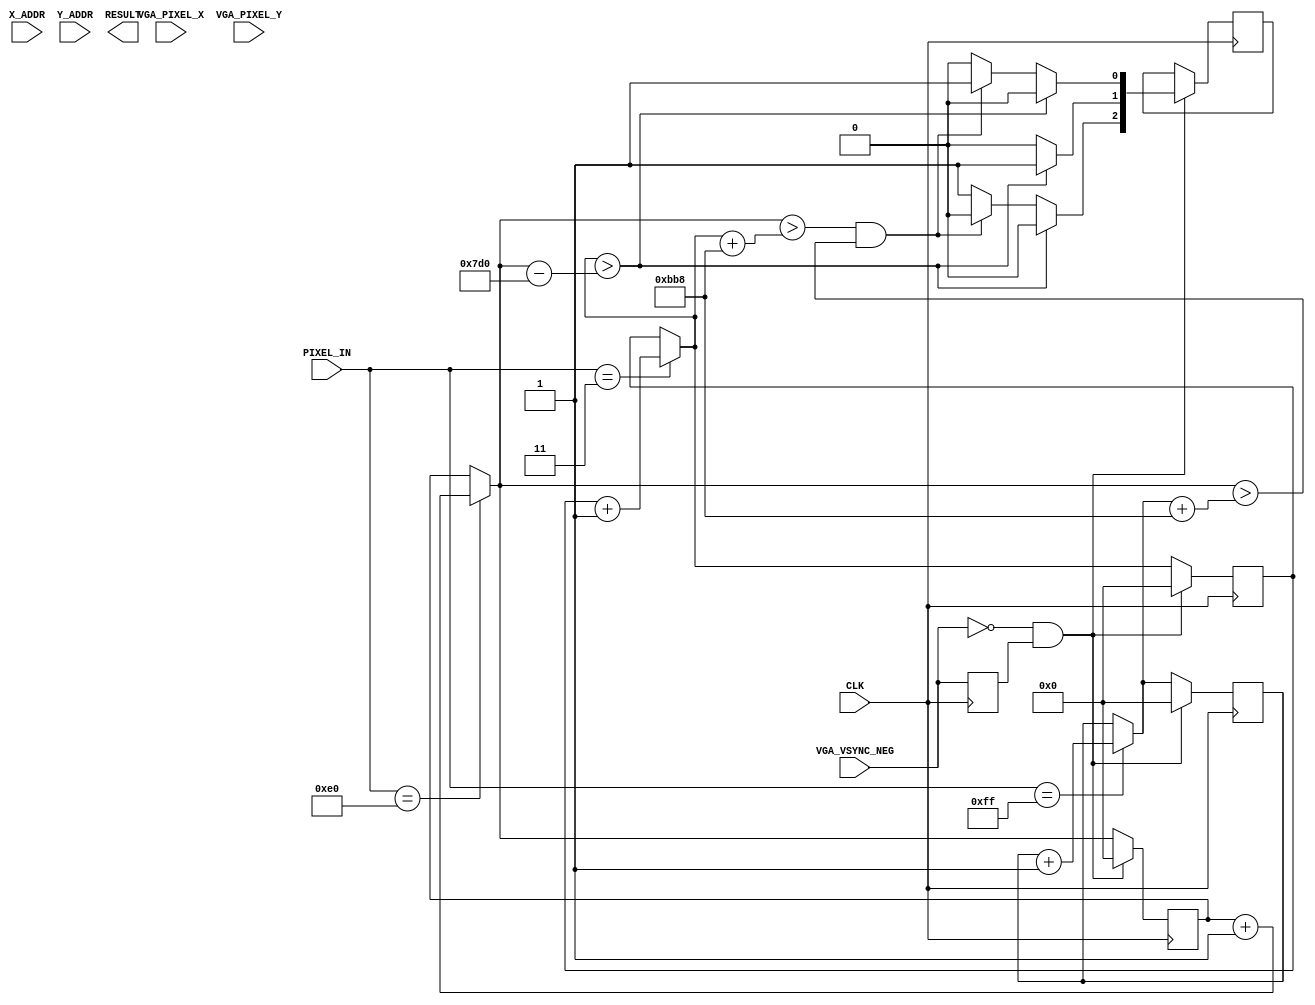
`define SCREEN_WIDTH 176
`define SCREEN_HEIGHT 144
`define NUM_BARS 3
`define BAR_HEIGHT 48

module IMAGE_PROCESSOR (
	PIXEL_IN,
	CLK,
	VGA_PIXEL_X,
	VGA_PIXEL_Y,
	VGA_VSYNC_NEG,
	X_ADDR,
	Y_ADDR,
	RESULT
);


//=======================================================
//  PORT declarations
//=======================================================
input	[7:0]	PIXEL_IN;
input 		CLK;

input [9:0] VGA_PIXEL_X;
input [9:0] VGA_PIXEL_Y;
input			VGA_VSYNC_NEG;
input X_ADDR;
input Y_ADDR;

output [5:0] RESULT;
reg [5:0] reg_result;
assign RESULT = reg_result;

reg [3:0] red_frame;
reg [3:0] blue_frame;
reg [3:0] null_frame;

reg b1;
reg r1;
reg n1;

reg [15:0] countBLUE; 
reg [15:0] countRED; 
reg [15:0] countNULL; // 6000 for square (bigger area), 3000 for smaller triangle (smaller area)
reg lastsync = 1'b0; 
reg [7:0] lastY = 8'b0; //not used?



reg BLUE_T;
reg RED_T;
reg BLUE_D;
reg RED_D;
reg BLUE_S;
reg RED_S;

reg [3:0] toggle=4'b0000; //10 frames


always @(posedge CLK) begin 

    	case (PIXEL_IN)
		   8'b00000011:countBLUE = countBLUE + 16'd1; 
			8'b11100000:countRED = countRED + 16'd1; 
			8'b11111111:countNULL = countNULL + 16'd1; 
		endcase 
		
		

	if(VGA_VSYNC_NEG == 1'b0 && lastsync == 1'b1) begin //negedge VSYNC 
//		if(toggle==4'd10) begin
//			//reg_result[0]=1'b1;
//			
//		   r1=red_frame;
//			b1=blue_frame;
//			n1=null_frame;
//			
//			blue_frame=0;
//			red_frame=0;
//			null_frame=0;
//			
//			countBLUE = 16'b0; 
//			countRED = 16'b0; 
//			countNULL = 16'b0;
//			toggle=0;
//			reg_result[0]=1'b0;
//			reg_result[1]=1'b0;
			//end
			
//		else begin
//			toggle=toggle+1;
			//reg_result[0]=1'b0;
			/*----------------------- Testing lor ---------------------------*/
			if(countBLUE> countRED-15'd2000 ) begin 
//				blue_frame=blue_frame+1;
//				red_frame=red_frame;
//				null_frame=null_frame;
				reg_result[4] = 1'b1; //isBlue
				reg_result[3] = 1'b0;
				reg_result[5] = 1'b0;
			end 
			
			else if(countRED>countBLUE+15'd3000 && countRED>countNULL+15'd3000) begin  
//				red_frame =red_frame+1;
//				blue_frame =blue_frame;
//				null_frame =null_frame;
				reg_result[3] = 1'b1; //isRed
				reg_result[4] = 1'b0;
				reg_result[5] = 1'b0;
			end 
				
			else  begin
//				null_frame =null_frame+1;
//				blue_frame=blue_frame;
//				red_frame=red_frame;
				reg_result[5] = 1'b1; //null
				reg_result[3] = 1'b0;
				reg_result[4] = 1'b0;
			end
		//end 
		
//
//		if(r1 >3) begin  
//			reg_result[0]=1'b1;
//			
//			reg_result[3] = 1'b1; //isRed
//			reg_result[4] = 1'b0;
//			reg_result[5] = 1'b0;
//			reg_result[0]=1'b0;
//			end
//			
//		else if(b1 > 3 ) begin 
//			reg_result[1]=1'b1;
//			
//			reg_result[4] = 1'b1; //isBlue
//			reg_result[3] = 1'b0;
//			reg_result[5] = 1'b0;
//			end
//			
//		else  begin 
//			reg_result[5] = 1'b1; //null
//			reg_result[3] = 1'b0;
//			reg_result[4] = 1'b0;
//			end 
//	
		countBLUE = 16'b0; 
		countRED = 16'b0; 
		countNULL = 16'b0; 
	end 
	lastsync = VGA_VSYNC_NEG; 
	lastY = VGA_PIXEL_Y;

end

endmodule